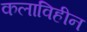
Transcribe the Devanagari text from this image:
कलाविहीन